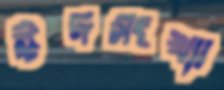
ঈদসংখ্যা